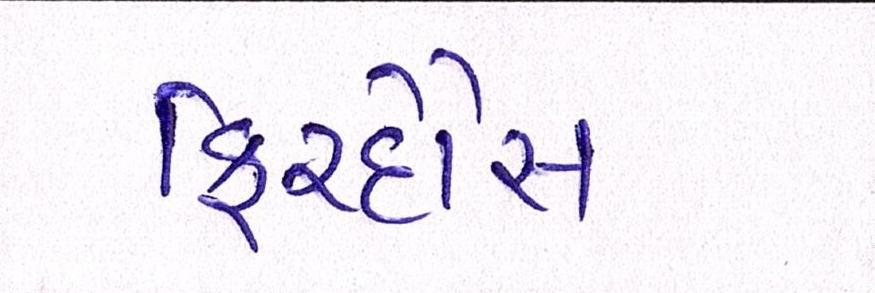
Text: ફિરદૌસ